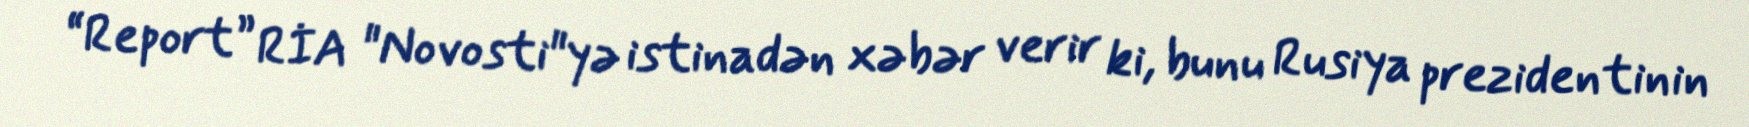
“Report” RİA "Novosti"yə istinadən xəbər verir ki, bunu Rusiya prezidentinin